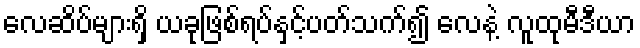
လေဆိပ်များရှိ ယခုဖြစ်ရပ်နှင့်ပတ်သက်၍ လေနဲ့ လူထုမီဒီယာ